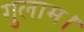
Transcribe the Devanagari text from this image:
गुलाम।